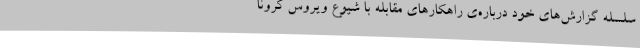
سلسله گزارش‌های خود درباره‌ی راهکارهای مقابله با شیوع ویروس کرونا